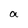
Character: a